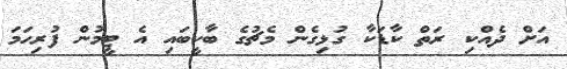
އަށް ދެއްކި ރަތް ކާޑަކާ ގުޅިގެން މެޗުގެ ބާކީބައި އެ ޓީމުން ފުރިހަމަ